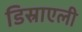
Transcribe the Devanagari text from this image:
डिस्राएली